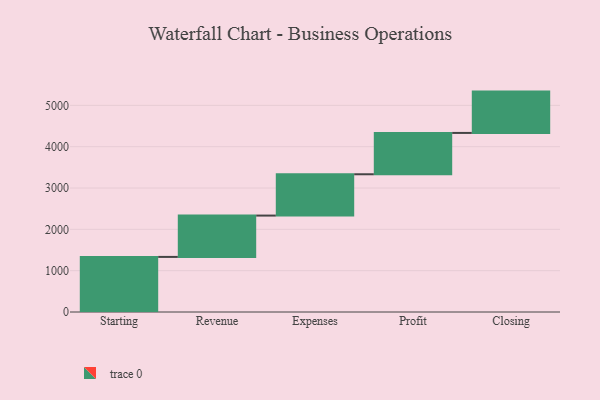
{"axis": {"x": "Step", "y": "Value"}, "legend": [""], "data": [{"x": "Starting", "y": 1333.0, "type": ""}, {"x": "Revenue", "y": 1000, "type": ""}, {"x": "Expenses", "y": 1000, "type": ""}, {"x": "Profit", "y": 1000, "type": ""}, {"x": "Closing", "y": 1000, "type": ""}]}